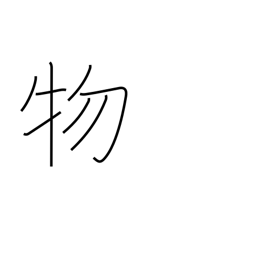
Meaning: matter